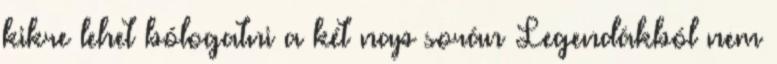
kikre lehet bólogatni a két nap során Legendákból nem